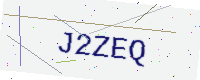
Text: J2ZEQ